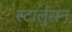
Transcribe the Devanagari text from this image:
स्टार्लुसन